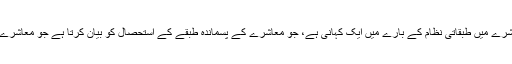
انہوں نے کہا کہ اس کتاب میں ایک افسانہ ’تھوک ‘ معا شرے میں طبقاتی نظام کے بارے میں ایک کہانی ہے، جو معاشرے کے پسماندہ طبقے کے استحصال کو بیان کرتا ہے جو معاشرے میں اجتماعی معاشرتی سلوک اور رویہ ظاہر کرتا ہے ۔